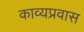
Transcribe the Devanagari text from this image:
काव्यप्रवास